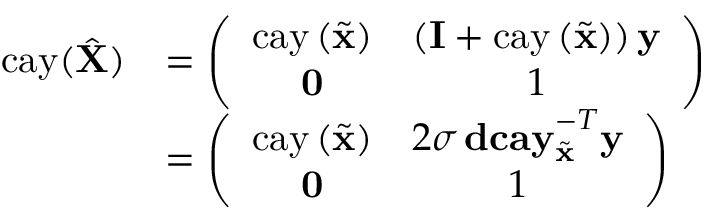
\begin{array} { r l } { \mathrm { c a y } ( \hat { \mathbf { X } } ) } & { = \left( \begin{array} { c c } { \mathrm { c a y } \left( \tilde { \mathbf { x } } \right) } & { \left( \mathbf { I } + \mathrm { c a y } \left( \tilde { \mathbf { x } } \right) \right) \mathbf { y } } \\ { \mathbf { 0 } } & { 1 } \end{array} \right) } \\ & { = \left( \begin{array} { c c } { \mathrm { c a y } \left( \tilde { \mathbf { x } } \right) } & { 2 \sigma \, \mathbf { d c a y } _ { \tilde { \mathbf { x } } } ^ { - T } \mathbf { y } } \\ { \mathbf { 0 } } & { 1 } \end{array} \right) } \end{array}